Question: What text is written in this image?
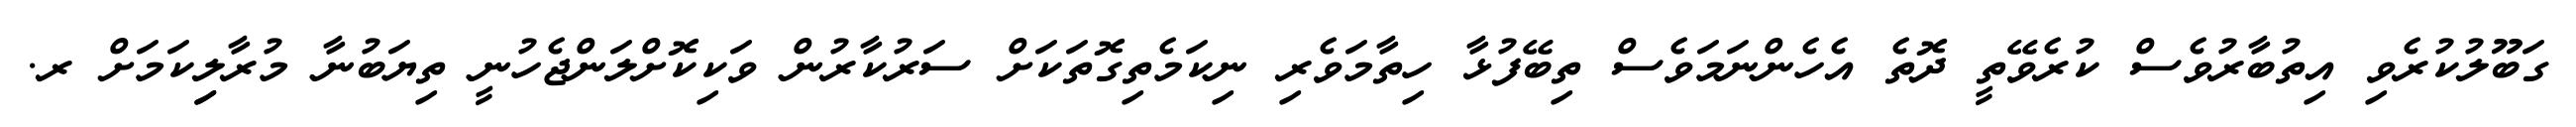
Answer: ގަބޫލުކުރެވި އިތުބާރުވެސް ކުރެވޭތީ ދޮތެ އެހެންނަމަވެސް ތިބޭފުޅާ ހިތާމަވެރި ނިކަމެތިގޮތަކަށް ސަރުކާރުން ވަކިކޮށްލަންޖެހުނީ ތިޔަބުނާ މުރާލިިކަމަށް ރ.